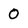
Character: 0